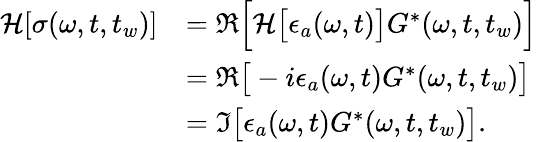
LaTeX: \begin{array}{rl}{\mathcal{H}[\sigma(\omega,t,t_{w})]}&{=\Re\Big[\mathcal{H}\big[\epsilon_{a}(\omega,t)\big]{G}^{*}(\omega,t,t_{w})\Big]}\\ &{=\Re\big[-i\epsilon_{a}(\omega,t){G}^{*}(\omega,t,t_{w})\big]}\\ &{=\Im\big[\epsilon_{a}(\omega,t){G}^{*}(\omega,t,t_{w})\big].}\end{array}